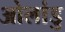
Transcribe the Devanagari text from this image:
ओलांडु